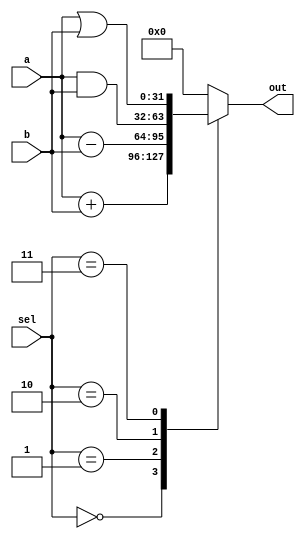
module alu(a,b,sel,out);
	input [31:0] a,b;
	input [2:0] sel;
	output reg signed [31:0] out;

	always @(a or b or sel)
	begin
		case(sel)
			3'b000: out = a+b;	
			3'b001: out = a-b;	
			3'b010: out = a&b;	
			3'b011: out = a|b;	
			3'b100: out = 0;
			default: out= 0;
		endcase
	end

endmodule